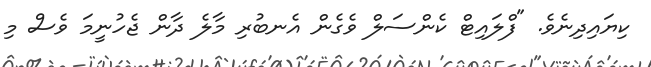
ކިޔައިދިނެވެ. "ފްލައިޓް ކެންސަލް ވެގެން އެނބުރި މާލެ ދާން ޖެހުނީމަ ވެސް މި